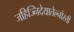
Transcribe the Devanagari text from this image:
जहिज्निदेयातेल्नोस्ती